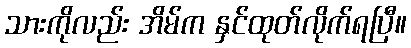
သားကိုလည်း အိမ်က နှင်ထုတ်လိုက်ရပြီ။